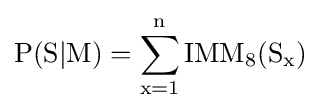
\operatorname {P(S|M)=\sum _{x=1}^{n}{IMM_{8}(S_{x})}}